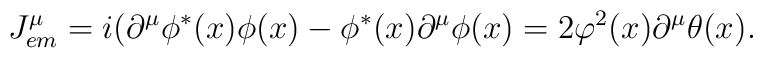
J^\mu_{em}= i( \partial^\mu\phi^*(x) \phi(x) - \phi^*(x) \partial^\mu \phi(x)= 2 \varphi^2(x)\partial^\mu \theta(x).